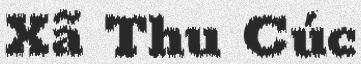
Xã Thu Cúc